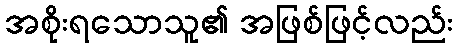
အစိုးရသောသူ၏ အဖြစ်ဖြင့်လည်း